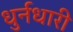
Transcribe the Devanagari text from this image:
धुर्नधारी